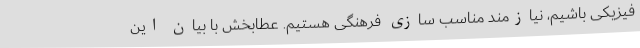
فیزیکی باشیم، نیازمند مناسب سازی فرهنگی هستیم. عطابخش با بیان این